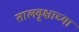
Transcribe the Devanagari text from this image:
तालवृक्षाच्या